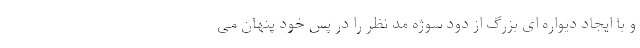
و با ایجاد دیواره ای بزرگ از دود سوژه مد نظر را در پس خود پنهان می